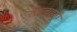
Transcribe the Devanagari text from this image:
रक्तवाहनी